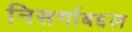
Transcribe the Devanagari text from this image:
निसर्गाबद्दल